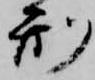
刑